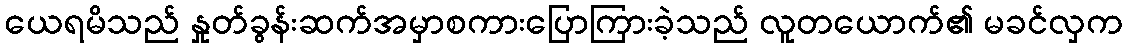
ယေရမိသည် နှုတ်ခွန်းဆက်အမှာစကားပြောကြားခဲ့သည် လူတယောက်၏ မခင်လှက